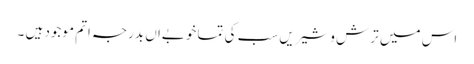
اس میں ترش وشیریں سب کی تما خوبےاں بدرجہ اتم موجود ہیں ۔